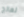
نعالج